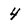
Character: 4